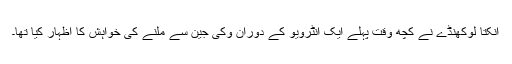
انکتا لوکھنڈے نے کچھ وقت پہلے ایک انٹرویو کے دوران وکی جین سے ملنے کی خواہش کا اظہار کیا تھا۔